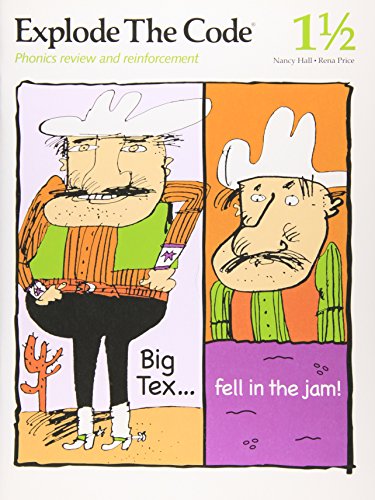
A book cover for Explode the Code 1 1/2; Nancy Hall; Reference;